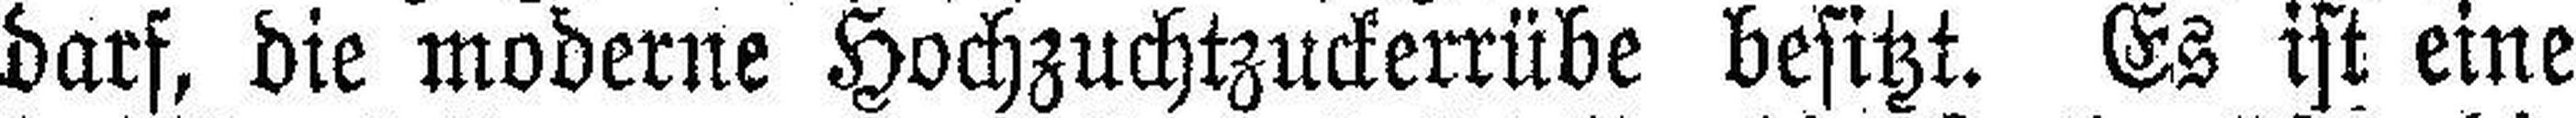
darf, die moderne Hochzuchtzuckerrübe besitzt. Es ist eine